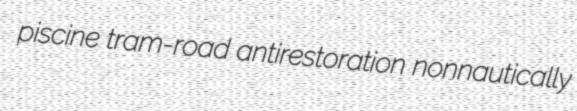
piscine tram-road antirestoration nonnautically